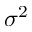
\sigma ^ { 2 }